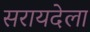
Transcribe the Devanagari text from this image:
सरायदेला